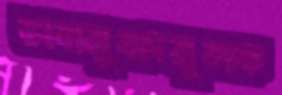
ভাবানুবাদমূলক